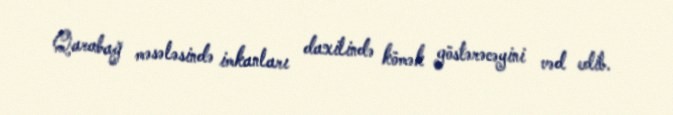
Qarabağ məsələsində imkanları daxilində kömək göstərəcəyini vəd edib.